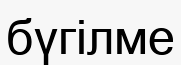
бүгілме